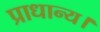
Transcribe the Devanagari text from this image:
प्राधान्य।